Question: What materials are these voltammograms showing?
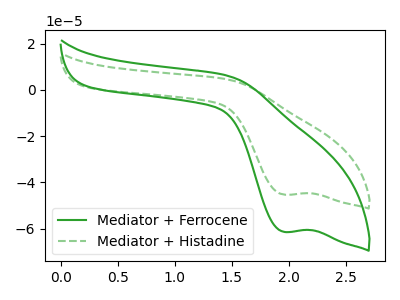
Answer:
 <answer>The green curve is labeled "Mediator + Ferrocene". The green dashed curve is labeled "Mediator + Histadine".</answer>
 <eval></eval>